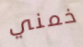
خمني